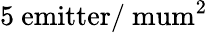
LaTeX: \mathrm{5~emitter/\ mum^{2}}